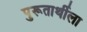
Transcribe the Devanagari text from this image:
पुरूतार्थीला